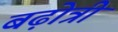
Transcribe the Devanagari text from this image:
बढ़ोत्री